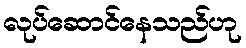
လုပ်ဆောင်နေသည်ဟု